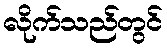
လိုက်သည်တွင်